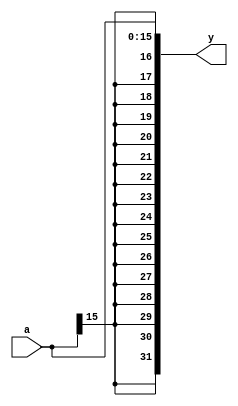
module signext (
        input  wire [15:0] a,
        output wire [31:0] y
    );

    assign y = {{16{a[15]}}, a};
    
endmodule